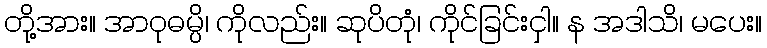
တို့အား။ အာဝုဓမ္ပိ၊ ကိုလည်း။ ဆုပိတုံ၊ ကိုင်ခြင်းငှါ။ န အဒါသိ၊ မပေး။